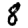
Digit: 8